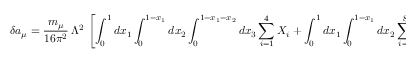
\delta a _ { \mu } = \frac { m _ { \mu } } { 1 6 \pi ^ { 2 } } \, \Lambda ^ { 2 } \, \left[ \displaystyle \int _ { 0 } ^ { 1 } d x _ { 1 } \displaystyle \int _ { 0 } ^ { 1 - x _ { 1 } } d x _ { 2 } \displaystyle \int _ { 0 } ^ { 1 - x _ { 1 } - x _ { 2 } } d x _ { 3 } \sum _ { i = 1 } ^ { 4 } X _ { i } + \displaystyle \int _ { 0 } ^ { 1 } d x _ { 1 } \displaystyle \int _ { 0 } ^ { 1 - x _ { 1 } } d x _ { 2 } \sum _ { i = 5 } ^ { 8 } X _ { i } \right] \nonumber